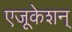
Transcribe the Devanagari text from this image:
एजूकेशन्